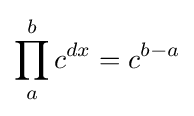
\prod _{a}^{b}c^{dx}=c^{b-a}